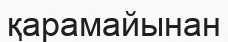
қарамайынан